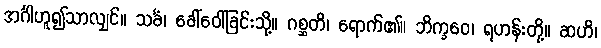
အင်္ဂါဟူ၍သာလျှင်။ သင်္ခံ၊ ခေါ်ဝေါ်ခြင်းသို့။ ဂစ္ဆတိ၊ ရောက်၏။ ဘိက္ခဝေ၊ ရဟန်းတို့။ ဆဟိ၊